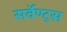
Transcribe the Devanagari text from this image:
सर्वेण्ट्स